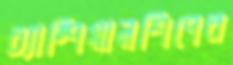
চ্যাম্পিয়ানশিপের